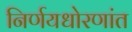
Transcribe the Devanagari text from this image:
निर्णयधोरणांत